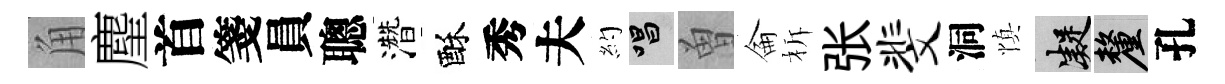
角麈首箋員聰濳酥秀夫約唱曽侖柝张斐洞慎凝厘孔